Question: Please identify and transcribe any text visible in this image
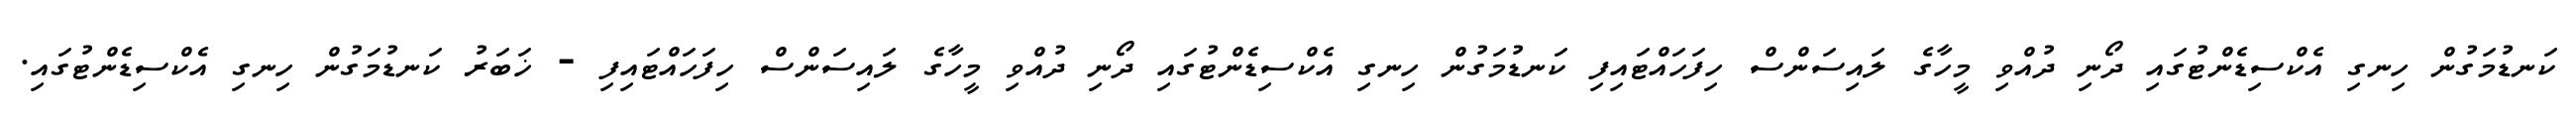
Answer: ކަނޑުމަގުން ހިނގި އެކްސިޑެންޓުގައި ދޯނި ދުއްވި މީހާގެ ލައިސަންސް ހިފަހައްޓައިފި ކަނޑުމަގުން ހިނގި އެކްސިޑެންޓުގައި ދޯނި ދުއްވި މީހާގެ ލައިސަންސް ހިފަހައްޓައިފި - ޚަބަރު ކަނޑުމަގުން ހިނގި އެކްސިޑެންޓުގައި.